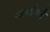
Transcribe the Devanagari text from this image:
अर्धाशौं